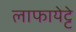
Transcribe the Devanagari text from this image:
लाफायेट्टे